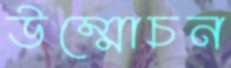
উম্মোচন